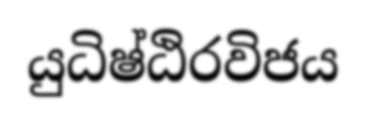
යුධිෂ්ඨිරවිජය